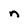
Character: n